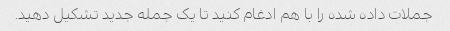
جملات داده شده را با هم ادغام کنید تا یک جمله جدید تشکیل دهید.